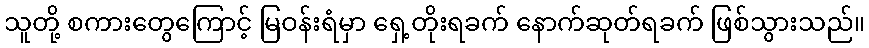
သူတို့ စကားတွေကြောင့် မြဝန်းရံမှာ ရှေ့တိုးရခက် နောက်ဆုတ်ရခက် ဖြစ်သွားသည်။